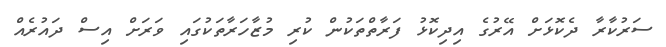
ސަރުކާރާ ދެކޮޅަށް އޭރުގެ އިދިކޮޅު ފަރާތްތަކުން ކުރި މުޒާހަރާތަކުގައި ވަރަށް އިސް ދައުރެއް